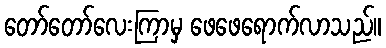
တော်တော်လေးကြာမှ ဖေဖေရောက်လာသည်။